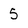
Character: 5